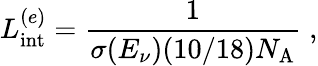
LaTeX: L_{\mathrm{int}}^{(e)}=\frac{1}{\sigma(E_{\nu})(10/18)N_{\mathrm{A}}}\; ,